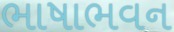
ભાષાભવન